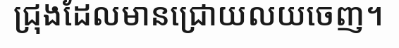
ជ្រុងដែលមានជ្រោយលយចេញ។